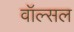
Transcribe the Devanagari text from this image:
वॉल्सल